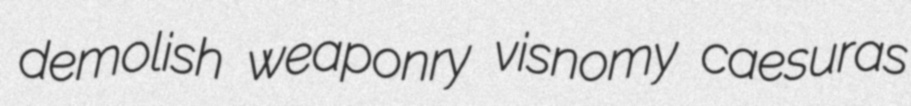
demolish weaponry visnomy caesuras